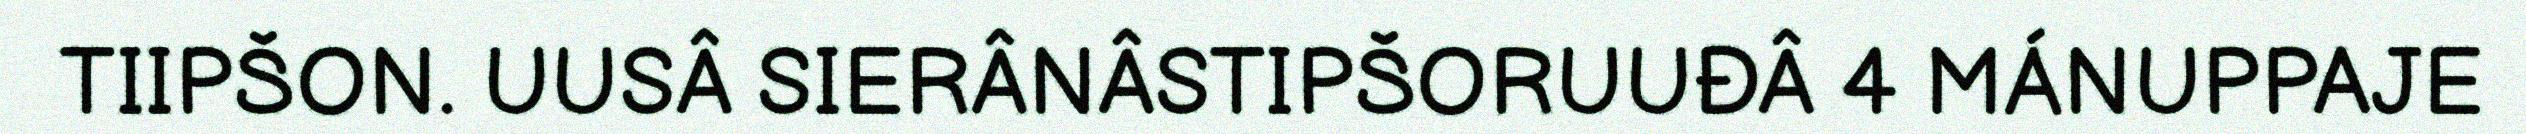
TIIPŠON. UUSÂ SIERÂNÂSTIPŠORUUĐÂ 4 MÁNUPPAJE